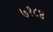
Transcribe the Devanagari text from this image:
७१८४